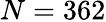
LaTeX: N=362